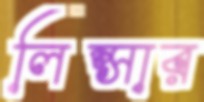
লিপ্সার